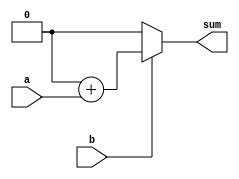
module multiplier(a,b,sum);
parameter N=1;

input[N-1:0] a, b;
output[N-1:0] sum;

reg [(N-1)*2:0] tmp;
integer i;

always @(a or b)
	begin
	tmp = 0;
	for(i=0;i<N;i=i+1)
		begin
		if(b[i]) tmp=tmp + ({{N{1'b0}}, a} << i);
		end
	end

assign sum = tmp[N:0];

endmodule